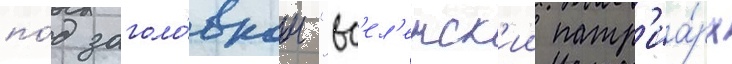
по́д заголо́вком "вс'ел'енск'ии патр'иа́рх